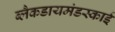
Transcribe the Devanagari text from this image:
ब्लैकडायमंडस्काई